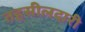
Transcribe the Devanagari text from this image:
तहसीलदारी